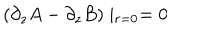
( \partial _ { z } A - \partial _ { z } B ) \mid _ { r = 0 } = 0